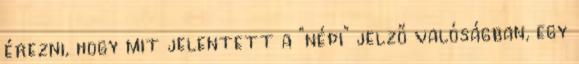
érezni, hogy mit jelentett a “népi” jelző valóságban, egy